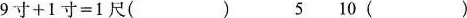
9寸+1寸=1尺() 5 10()